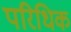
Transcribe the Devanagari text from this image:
परिधिक